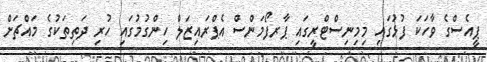
ޕީއެސްގެ ވާހަަކަ ފުޅުގައި މިމިނިސްޓްރީގައި ޕާރފޯމަންސް އެޕްރައިޒަލް ހިންގުމުގައި ހުރި ދަތިތަކުގެ މައްޗަށް